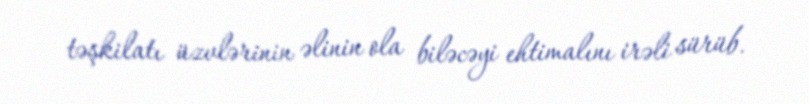
təşkilatı üzvlərinin əlinin ola biləcəyi ehtimalını irəli sürüb.